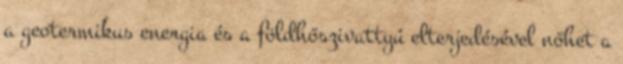
a geotermikus energia és a földhőszivattyú elterjedésével nőhet a